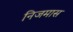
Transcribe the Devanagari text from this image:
निजमास